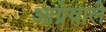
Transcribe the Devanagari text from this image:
आग्रेवाले